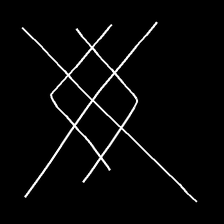
Glyph: crystal